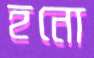
হনো